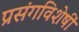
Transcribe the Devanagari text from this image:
प्रसंगविशेषीं